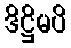
ဒိဋ္ဌိမပိ